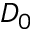
D _ { 0 }